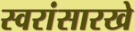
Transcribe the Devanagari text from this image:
स्वरांसारखे